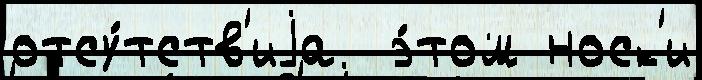
отсу́тств'иjа  э́том носк'и